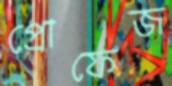
প্রোফেজ